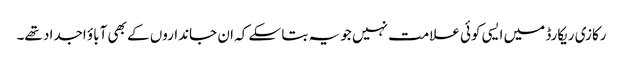
رکازی ریکارڈ میں ایسی کوئی علامت نہیں جو یہ بتا سکے کہ ان جانداروں کے بھی آباؤ اجداد تھے۔